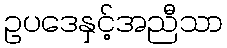
ဥပဒေနှင့်အညီသာ